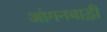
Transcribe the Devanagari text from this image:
आंगनबाड़़ी